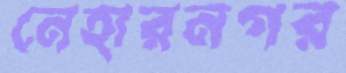
নেহারনগর